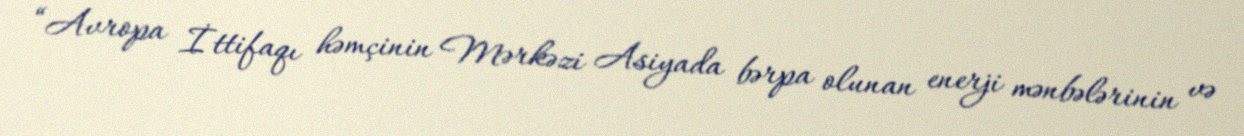
“Avropa İttifaqı həmçinin Mərkəzi Asiyada bərpa olunan enerji mənbələrinin və